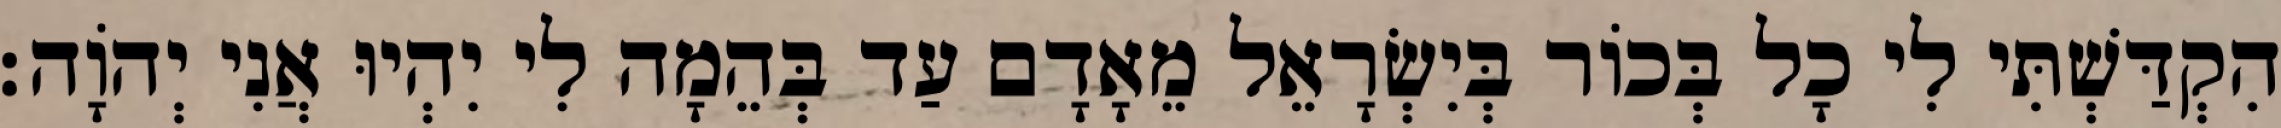
הִקְדַּשְׁתִּי לִי כָל בְּכוֹר בְּיִשְׂרָאֵל מֵאָדָם עַד בְּהֵמָה לִי יִהְיוּ אֲנִי יְהוָֹה׃